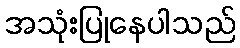
အသုံးပြုနေပါသည်